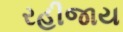
રહીજાય